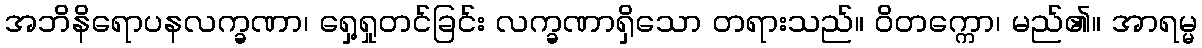
အဘိနိရောပနလက္ခဏာ၊ ရှေ့ရှုတင်ခြင်း လက္ခဏာရှိသော တရားသည်။ ဝိတက္ကော၊ မည်၏။ အာရမ္မ